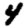
Digit: 4